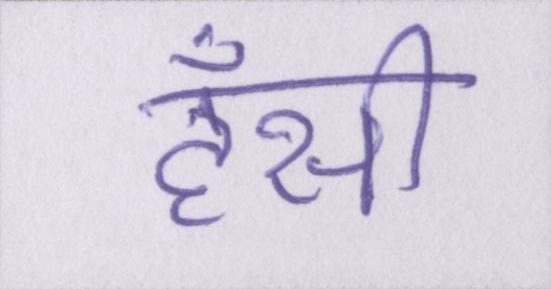
हँसी